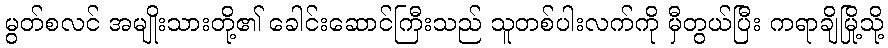
မွတ်စလင် အမျိုးသားတို့၏ ခေါင်းဆောင်ကြီးသည် သူတစ်ပါးလက်ကို မှီတွယ်ပြီး ကရာချိမြို့သို့